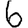
Digit: 6